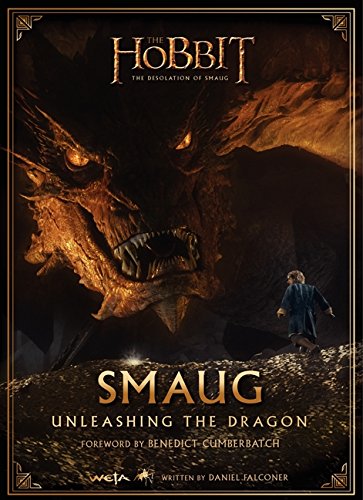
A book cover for Smaug: Unleashing the Dragon (The Hobbit: The Desolation of Smaug); Daniel Falconer; Humor & Entertainment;